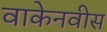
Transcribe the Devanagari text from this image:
वाकेनवीस